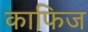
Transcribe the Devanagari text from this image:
काफिज